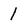
Character: 1